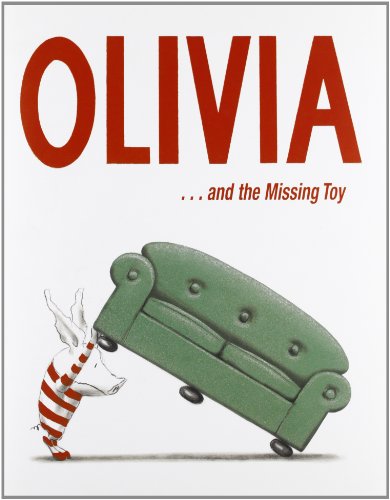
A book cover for Olivia . . . and the Missing Toy; Ian Falconer; Children's Books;